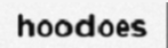
hoodoes